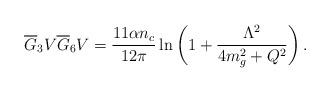
LaTeX: \begin{align*}\overline G_3V\overline G_6V ={11\alpha n_c \over 12\pi} \ln{\bigg(1+ {\Lambda^2\over 4m^2_g+Q^2}\bigg)}\,.\end{align*}